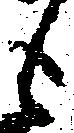
も